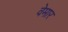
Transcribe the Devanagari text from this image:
वेमार